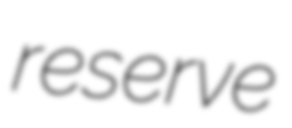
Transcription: reserve